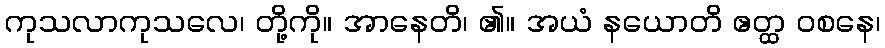
ကုသလာကုသလေ၊ တို့ကို။ အာနေတိ၊ ၏။ အယံ နယောတိ ဧတ္ထ ဝစနေ၊